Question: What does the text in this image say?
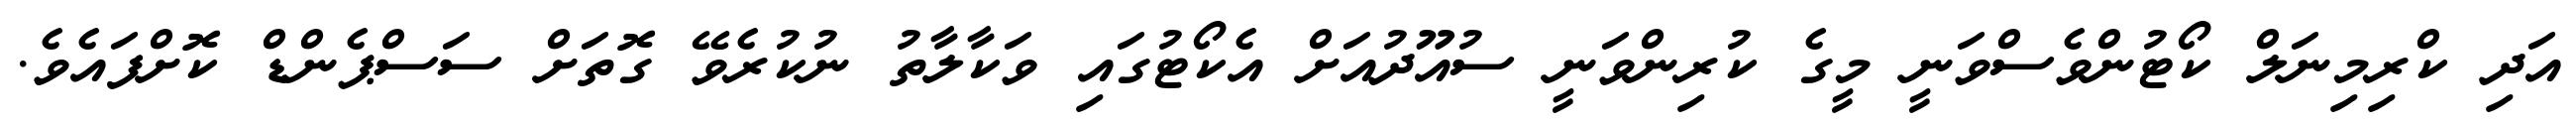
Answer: އަދި ކްރިމިނަލް ކޯޓުންވެސްވަނީ މީގެ ކުރިންވަނީ ސުއޫދުއަށް އެކޯޓުގައި ވަކާލާތު ނުކުރެވޭ ގޮތަށް ސަސްޕެންޑް ކޮށްފައެވެ.